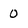
Character: 0